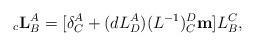
LaTeX: \begin{align*}_{c}\mathbf{L}_{B}^{A}=[\delta_{C}^{A}+(dL_{D}^{A})(L^{-1})_{C}^{D}\mathbf{m}]L_{B}^{C},\end{align*}